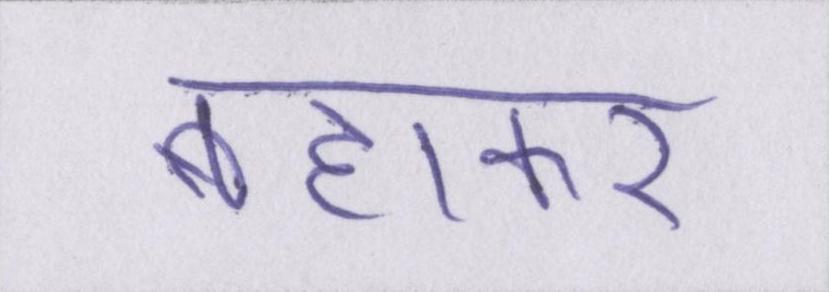
बहाकर